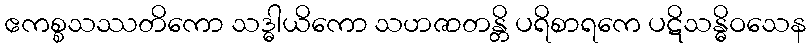
ဧကစ္စသဿတိကော သဒ္ဓါယိကော သဟဇာတန္တိ ပရိစာရကေ ပဋိသန္ဓိဝသေန